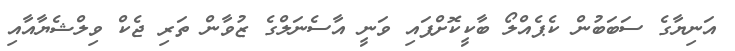
އަނިޔާގެ ސަބަބުން ކެޕެއްލޯ ބާކީކޮށްފައި ވަނީ އާސެނަލްގެ ޒުވާން ތަރި ޖެކް ވިލްޝެޔާއާއި